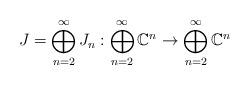
LaTeX: \begin{align*}J = \bigoplus_{n=2}^\infty J_n: \bigoplus_{n=2}^\infty \mathbb{C}^n \to \bigoplus_{n=2}^\infty \mathbb{C}^n\end{align*}